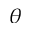
\theta